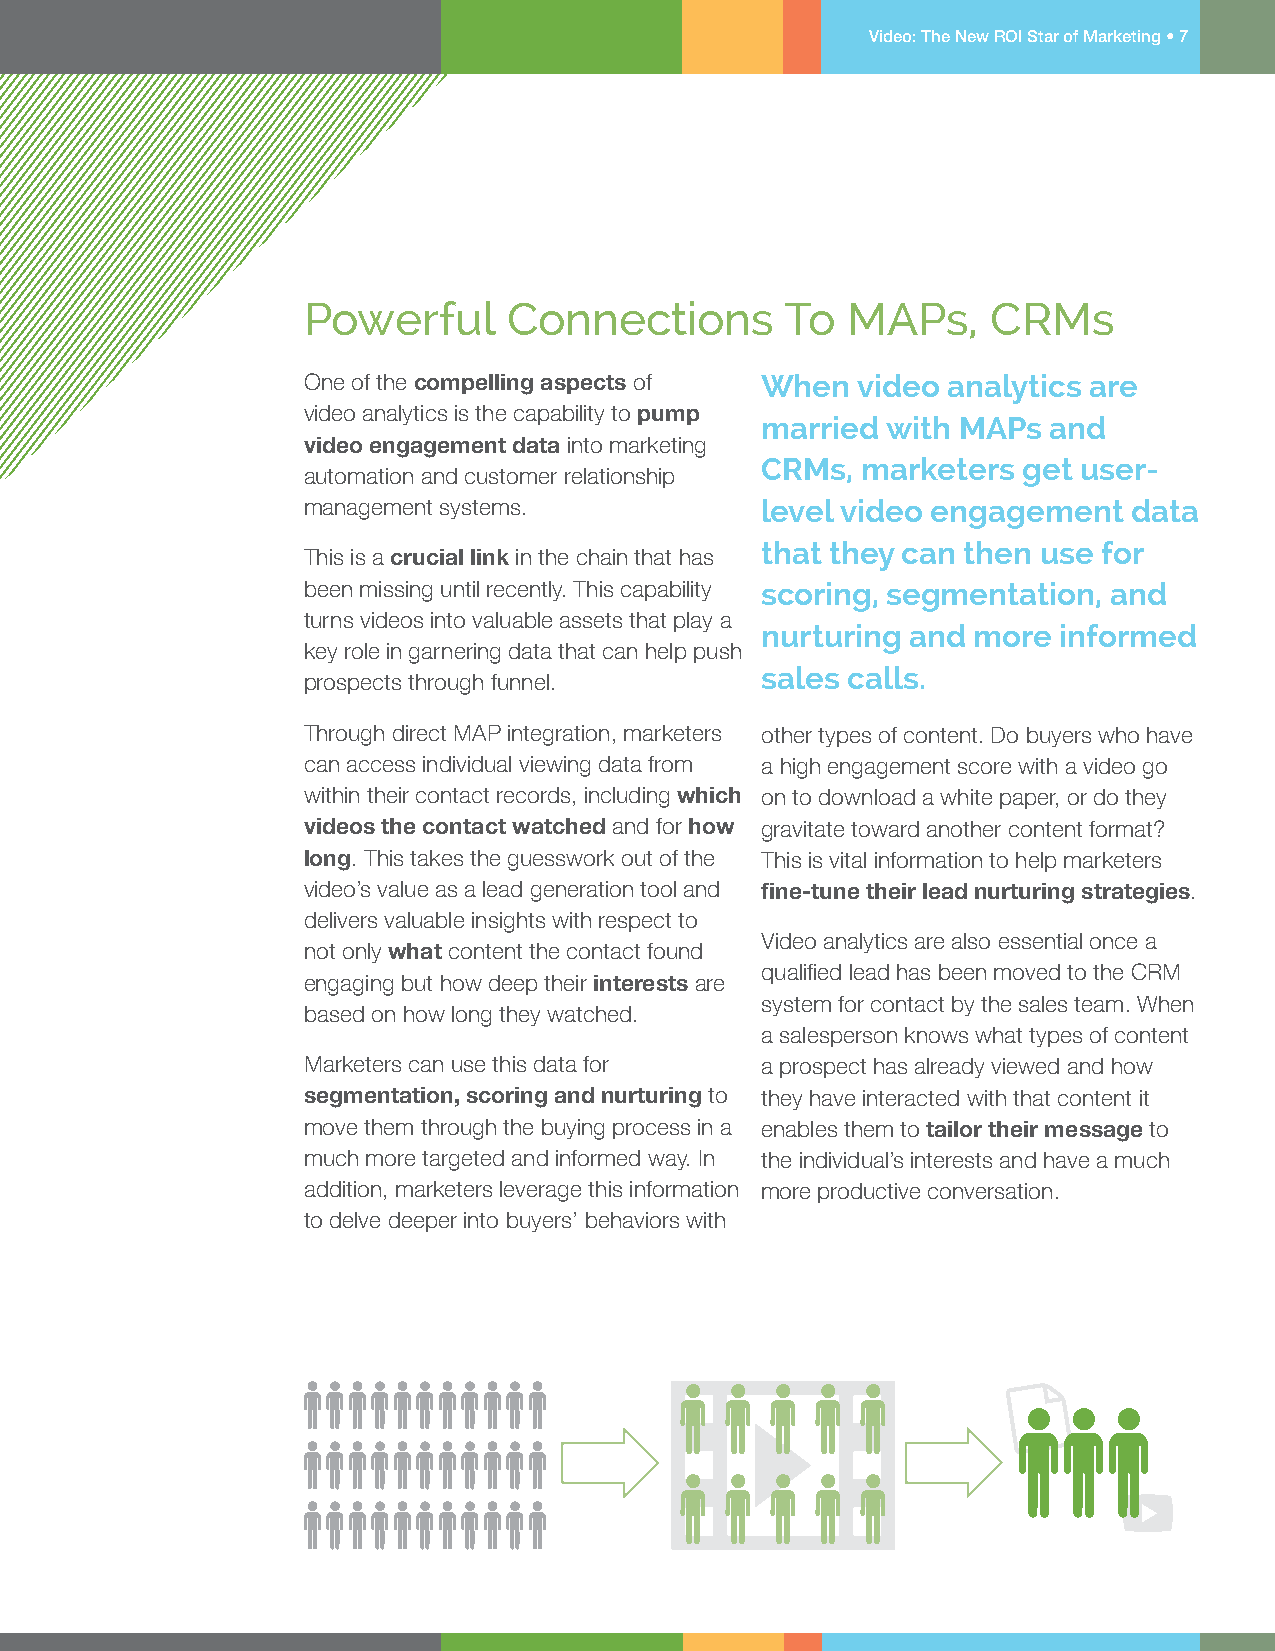
Video: The New ROI Star of Marketing • 7
 Powerful      Connections       To  MAPs,     CRMs
 One of the compelling aspects of When video analytics are
 video analytics is the capability to pump
 married  with MAPs and
 video engagement data into marketing
 CRMs,  marketers  get user-
 automation and customer relationship
 management systems.           level video engagement   data
 that they can then use for
 This is a crucial link in the chain that has
 been missing until recently. This capability scoring, segmentation, and
 turns videos into valuable assets that play a
 nurturing and more  informed
 key role in garnering data that can help push
 sales calls.
 prospects through funnel.
 Through direct MAP integration, marketers other types of content. Do buyers who have
 can access individual viewing data from a high engagement score with a video go
 within their contact records, including which on to download a white paper, or do they
 videos the contact watched and for how gravitate toward another content format?
 long. This takes the guesswork out of the This is vital information to help marketers
 video’s value as a lead generation tool and fine-tune their lead nurturing strategies.
 delivers valuable insights with respect to
 Video analytics are also essential once a
 not only what content the contact found
 qualified lead has been moved to the CRM
 engaging but how deep their interests are
 system for contact by the sales team. When
 based on how long they watched.
 a salesperson knows what types of content
 Marketers can use this data for a prospect has already viewed and how
 segmentation, scoring and nurturing to they have interacted with that content it
 move them through the buying process in a enables them to tailor their message to
 much more targeted and informed way. In the individual’s interests and have a much
 addition, marketers leverage this information more productive conversation.
 to delve deeper into buyers’ behaviors with